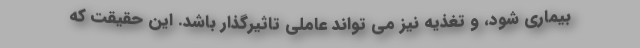
بیماری شود، و تغذیه نیز می تواند عاملی تاثیرگذار باشد. این حقیقت که